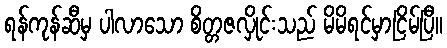
ရန်ကုန်ဆီမှ ပါလာသော စိတ္တဇလှိုင်းသည် မိမိရင်မှာငြိမ်ပြီ။